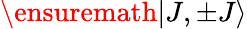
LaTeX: \ensuremath{\left|J,\pm J\right\rangle}